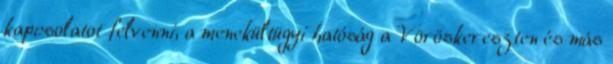
kapcsolatot felvenni, a menekültügyi hatóság a Vöröskereszten és más